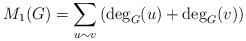
LaTeX: \begin{align*} M_1(G) = \sum_{u \sim v} \left( \deg_G(u) + \deg_G(v) \right)\end{align*}